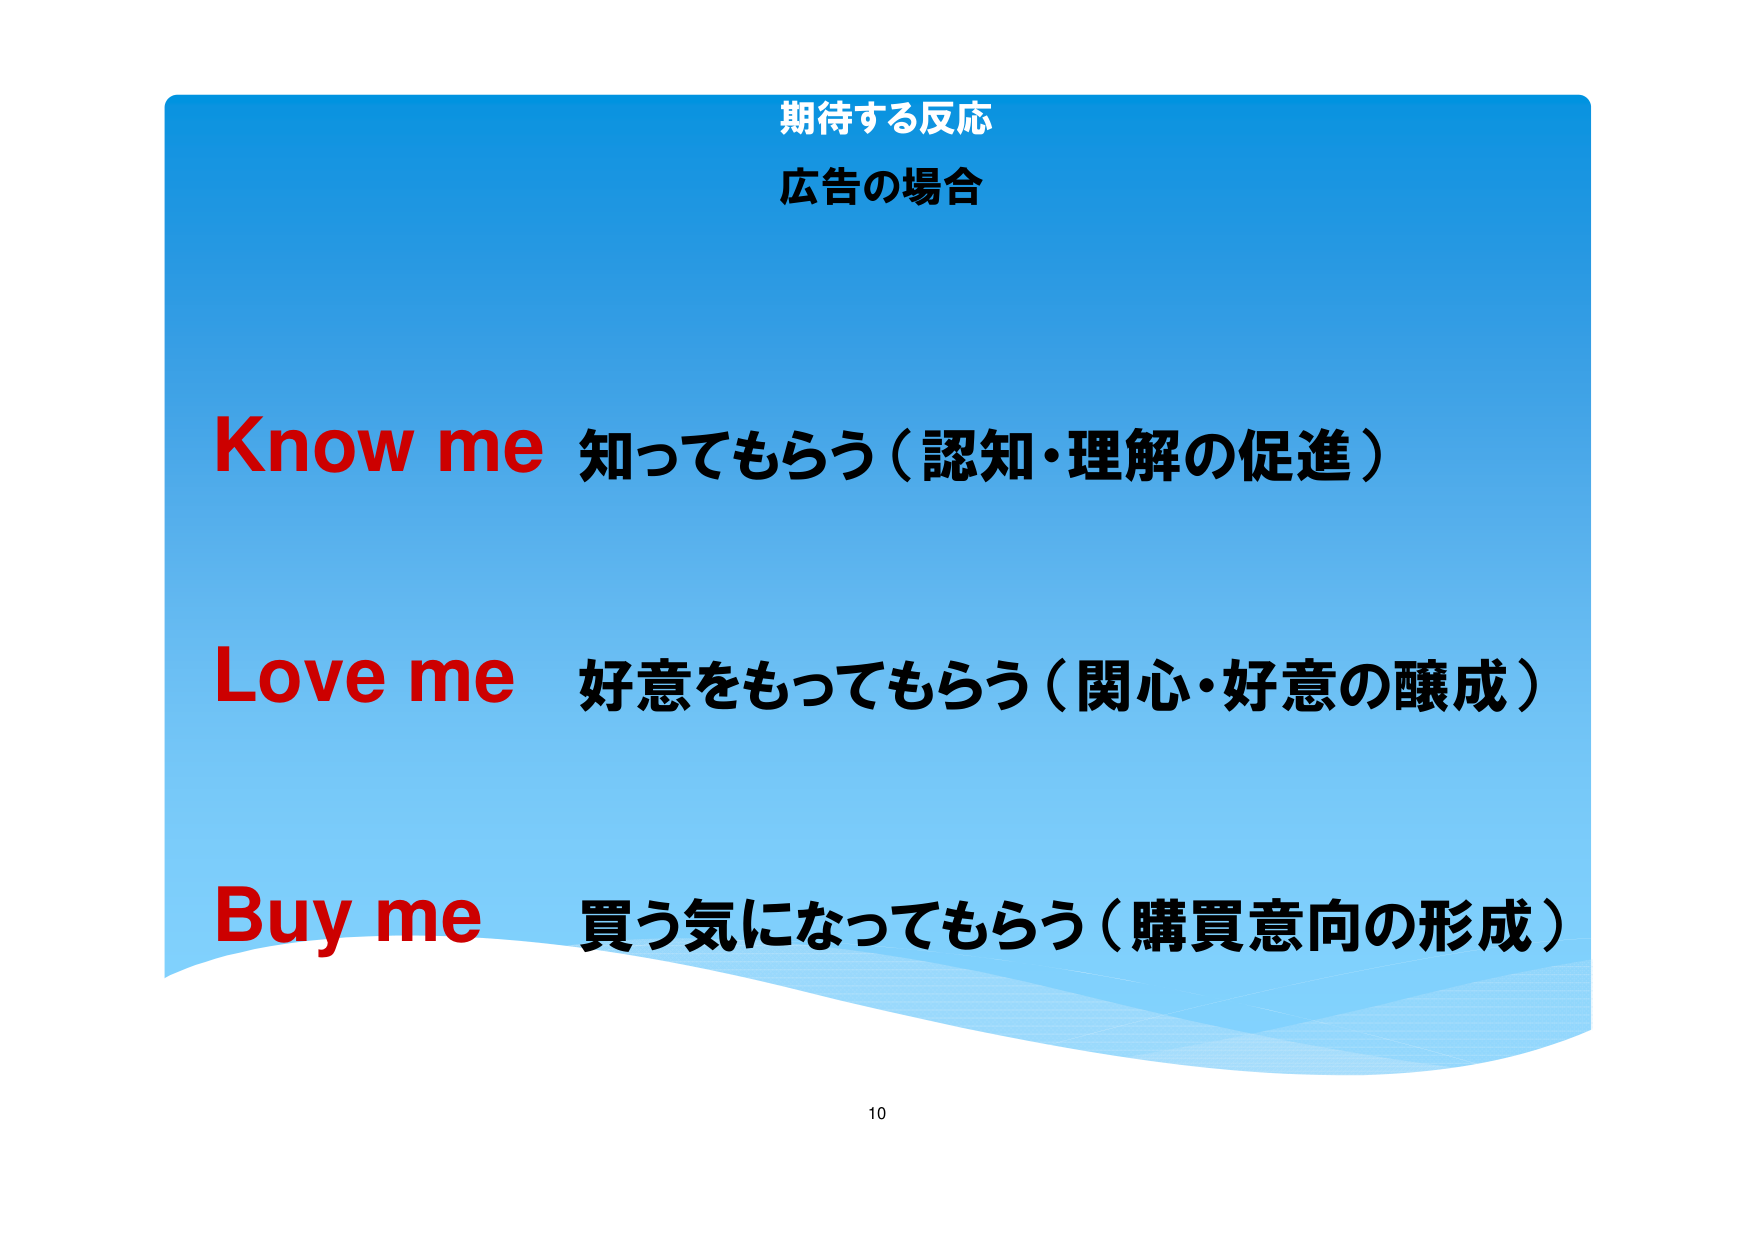
期待する反応
広告の場合

Know me 知ってもらう（認知・理解の促進）
Love me 好意をもってもらう（関心・好意の醸成）
Buy me 買う気になってもらう（購買意向の形成）

10